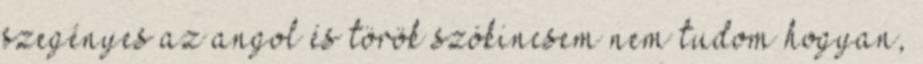
szegényes az angol és török szókincsem nem tudom hogyan,